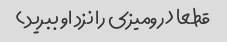
قطعا (رومیزی را نزد او ببرید)